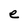
Character: e